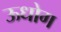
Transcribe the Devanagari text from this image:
ऊधोग